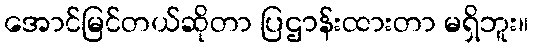
အောင်မြင်တယ်ဆိုတာ ပြဌာန်းထားတာ မရှိဘူး။